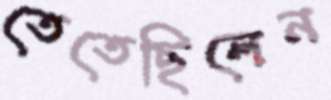
তেতেছিলেন